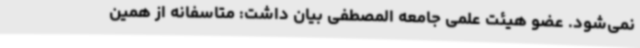
نمی‌شود. عضو هیئت علمی جامعه المصطفی بیان داشت: متاسفانه از همین